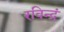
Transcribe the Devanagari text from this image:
रविन्द्रं